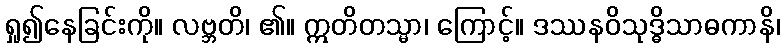
ရှု၍နေခြင်းကို။ လဗ္ဘတိ၊ ၏။ ဣတိတသ္မာ၊ ကြောင့်။ ဒဿနဝိသုဒ္ဓိသာဓကာနိ၊